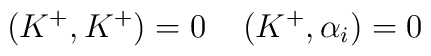
(K^{+},K^{+})=0 \:\:\:\:\: (K^{+},\alpha_{i})=0